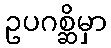
ဥပဂစ္ဆိမှာ